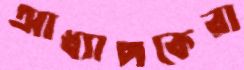
আধ্যাপকেরা